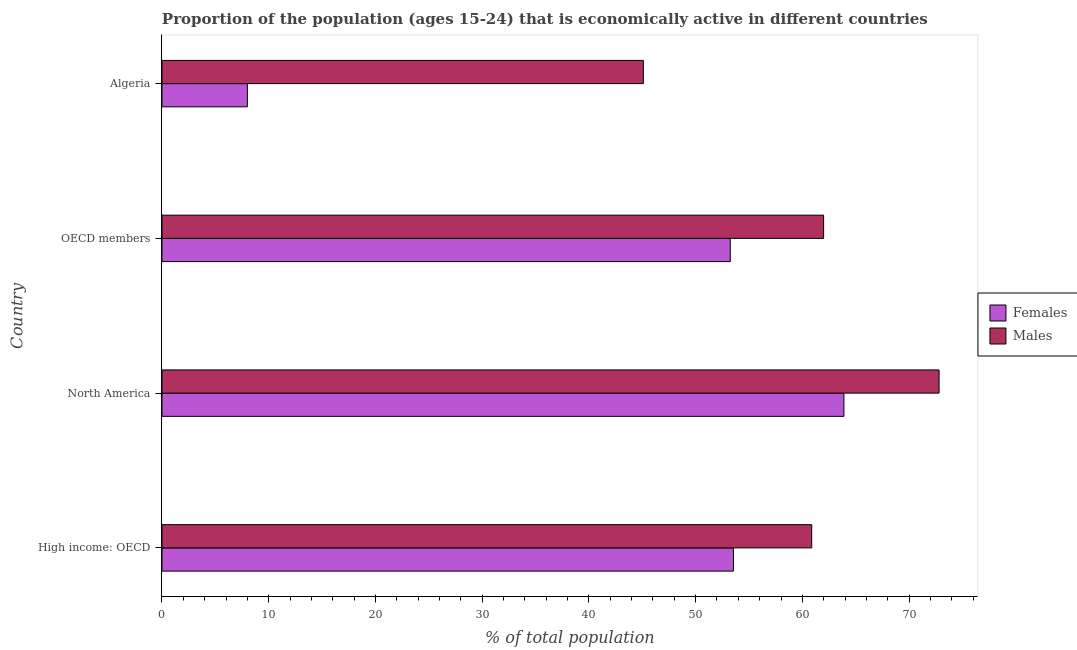
| Country | Females | Males |
 | --- | --- | --- |
 | High income: OECD | 53.5 | 60.9 |
 | North America | 63.9 | 72.8 |
 | OECD members | 53.2 | 62 |
 | Algeria | 8 | 45.1 |